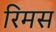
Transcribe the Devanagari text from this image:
रिमस